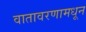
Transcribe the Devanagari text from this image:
वातावरणामधून